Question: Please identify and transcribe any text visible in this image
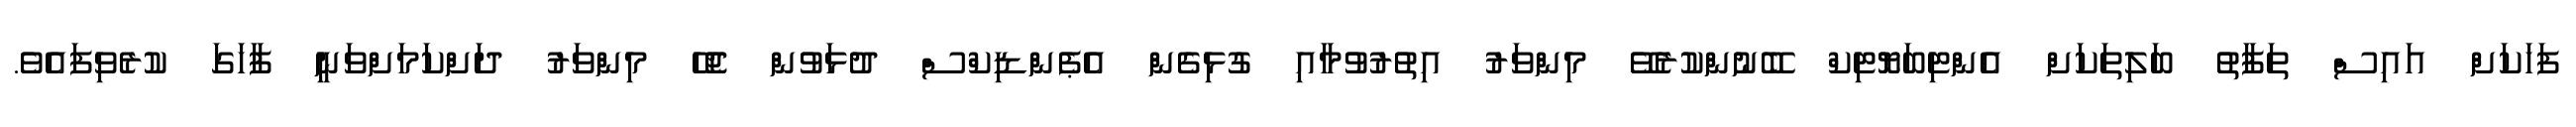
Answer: ފަހަކަށް އައިސް ތަފާތު ބަލިތަކަށް އެންޓިބަޔޮޓިކް ބޭނުންކުރެވޭ މިންވަރު އިތުރުވުމާއި ގުޅިގެން އެޕެންޑިކްސް ދުޅަވުން ޖެހޭ މިންވަރު ދަށްކަމަށްވަނީ ފާހަގަ ކުރެވިފައެވެ.